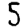
Digit: 5